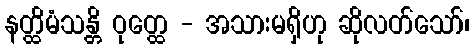
နတ္ထိမံသန္တိ ဝုတ္ထေ - အသားမရှိဟု ဆိုလတ်သော်၊